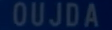
OUJDA